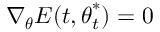
\nabla _ { \boldsymbol { \theta } } E ( t , { \boldsymbol { \theta } } _ { t } ^ { * } ) = 0